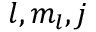
l , m _ { l } , j